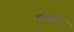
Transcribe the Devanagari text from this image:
वंशपुर